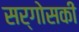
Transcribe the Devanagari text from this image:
सर्गोसकी